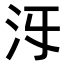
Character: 𣲐